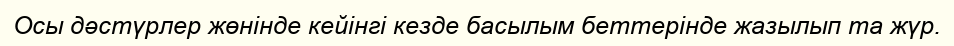
Осы дәстүрлер жөнінде кейінгі кезде басылым беттерінде жазылып та жүр.